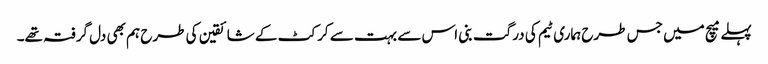
پہلے میچ میں جس طرح ہماری ٹیم کی درگت بنی اس سے بہت سے کرکٹ کے شائقین کی طرح ہم بھی دل گرفتہ تھے۔